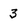
Character: 3